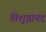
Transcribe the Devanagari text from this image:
विशुद्धानंद